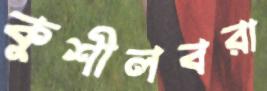
কুশীলবরা